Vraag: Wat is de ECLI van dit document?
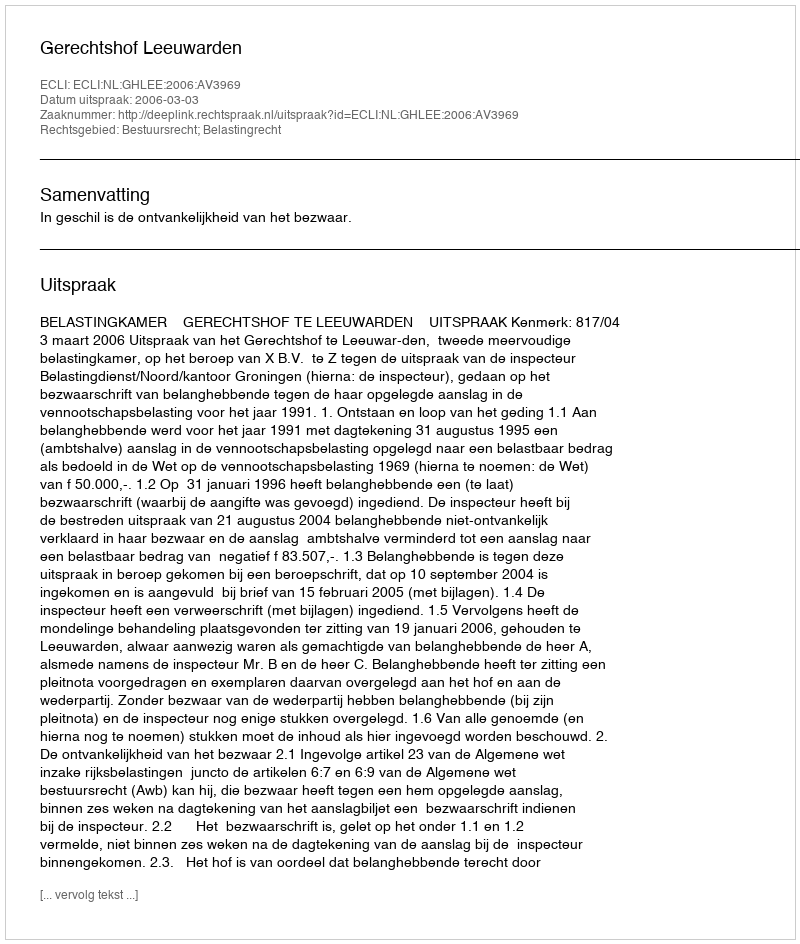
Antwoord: ECLI:NL:GHLEE:2006:AV3969